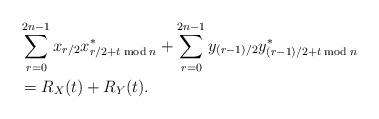
LaTeX: \begin{align*} &\sum_{\substack{r=0\\}}^{2n-1}x_{r/2}x^*_{r/2+t\bmod n} + \sum_{\substack{r=0\\}}^{2n-1}y_{(r-1)/2}y^*_{(r-1)/2+t\bmod n} \\&= R_X(t) + R_Y(t) . \end{align*}